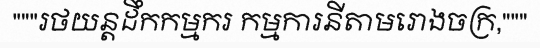
"""រថយន្តដឹកកម្មករ កម្មការនីតាមរោងចក្រ,"""